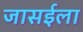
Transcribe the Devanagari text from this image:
जासईला